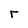
Character: r